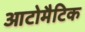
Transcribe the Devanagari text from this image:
आटोमैटिक